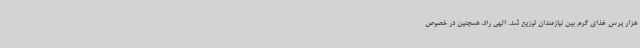
هزار پرس غذای گرم بین نیازمندان توزیع شد. الهی راد، همچنین در خصوص